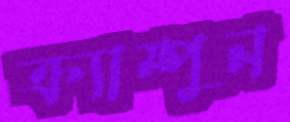
ক্র্যাম্পুন